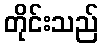
တိုင်းသည်